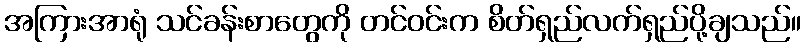
အကြားအာရုံ သင်ခန်းစာတွေကို တင်ဝင်းက စိတ်ရှည်လက်ရှည်ပို့ချသည်။